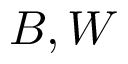
B , W